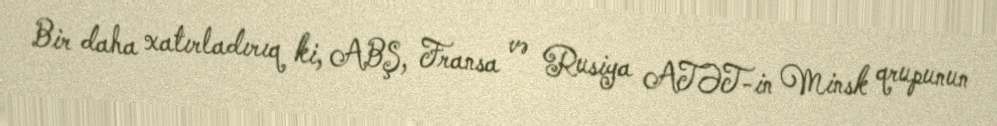
Bir daha xatırladırıq ki, ABŞ, Fransa və Rusiya ATƏT-in Minsk qrupunun